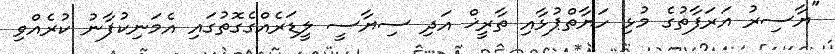
"ޔާސިރު އަރަފާތުގެ މުޅި ހަޔާތްޕުޅާއި ތާރީޚް އަދި ސިޔާސީ ލީޑަރެއްގެގޮތުގައި އެމަނިކުފާނު ކުރެއްވި